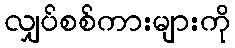
လျှပ်စစ်ကားများကို